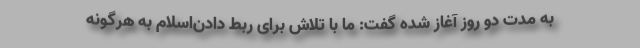
به مدت دو روز آغاز شده گفت: ما با تلاش برای ربط دادن‌اسلام به هرگونه